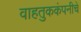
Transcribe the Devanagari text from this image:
वाहतुककंपनीचे